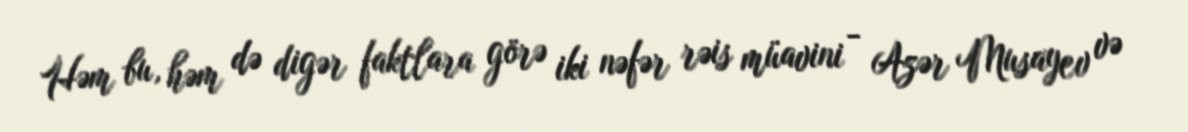
Həm bu, həm də digər faktlara görə iki nəfər rəis müavini - Azər Musayev və